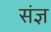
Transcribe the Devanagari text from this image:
संज्ञ